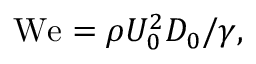
\mathrm { W e } = \rho U _ { 0 } ^ { 2 } D _ { 0 } / \gamma ,